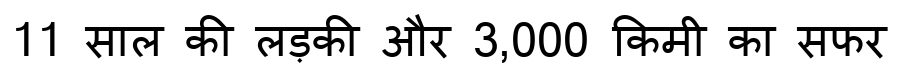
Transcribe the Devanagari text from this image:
11 साल की लड़की और 3,000 किमी का सफर